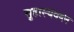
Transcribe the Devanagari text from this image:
सुहास्यवदन